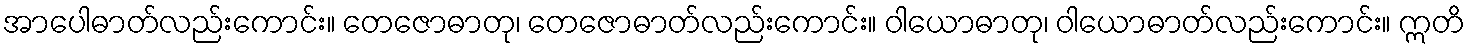
အာပေါဓာတ်လည်းကောင်း။ တေဇောဓာတု၊ တေဇောဓာတ်လည်းကောင်း။ ဝါယောဓာတု၊ ဝါယောဓာတ်လည်းကောင်း။ ဣတိ